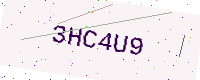
Text: 3HC4U9